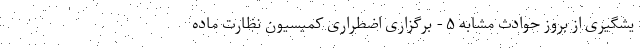
یشگیری از بروز حوادث مشابه ۵ - برگزاری اضطراری کمیسیون نظارت ماده